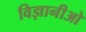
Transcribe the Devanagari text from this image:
विज्ञानीओ